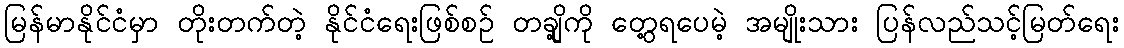
မြန်မာနိုင်ငံမှာ တိုးတက်တဲ့ နိုင်ငံရေးဖြစ်စဉ် တချို့ကို တွေ့ရပေမဲ့ အမျိုးသား ပြန်လည်သင့်မြတ်ရေး